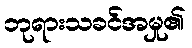
ဘုရားသခင်အမှု၏